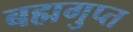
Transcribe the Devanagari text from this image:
बह्मगुप्त